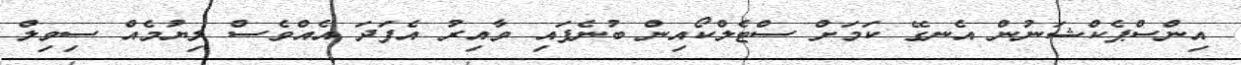
އިންސްޕެކްޝަނުން އެނގޭ ކަމަށް ސްޓެލްކޯއިން ބުނެފައި ވާއިރު އެފަދަ އެއްވެސް ލިޔުމެއް ސިވިލް